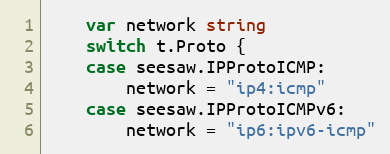
Language: Go
	var network string
	switch t.Proto {
	case seesaw.IPProtoICMP:
		network = "ip4:icmp"
	case seesaw.IPProtoICMPv6:
		network = "ip6:ipv6-icmp"